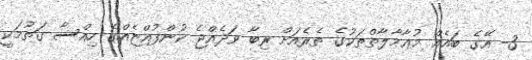
3- އޭގެ ބައެއް މުޢާމާލާތްތަކުގެ ތެރެއަށް ރިބާ ވަދެއްޖެ ކުންފުއްޏެއްގެ ހިއްސާ ގަތުމަކީ